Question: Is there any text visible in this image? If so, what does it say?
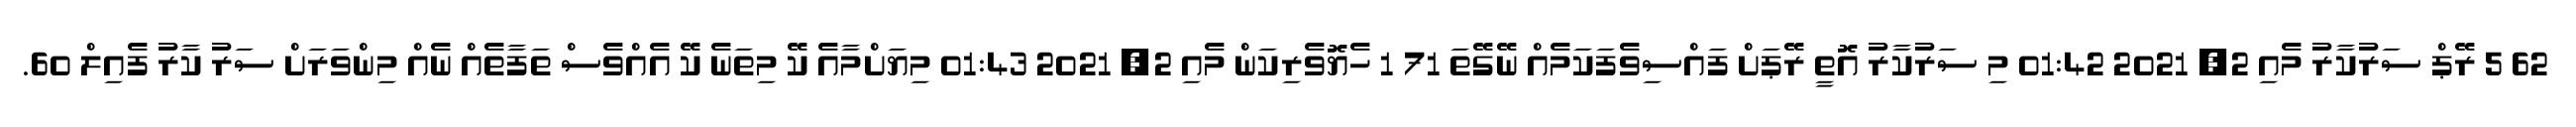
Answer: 62 5 ރޭޕް ސަރުކާރު މެއި 2, 2021 01:42 މި ސަރުކާރު އޮތީ ރޭޕަށް ފައްސިވެފަކަމެއް ނޭގޭތަ 71 1 ހެޔޮވެރިކަން މެއި 2, 2021 01:43 މިޔަށްމާއެ ކޭ މިތަނެ ކޭ އެއްވެސް ތަފާތެއް ނެއް މިންވަރަށް ސަރު ކާރު ފެއިލް 60.